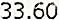
33.60